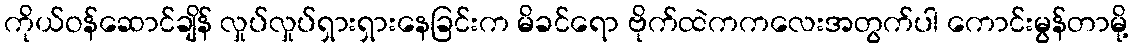
ကိုယ်ဝန်ဆောင်ချိန် လှုပ်လှုပ်ရှားရှားနေခြင်းက မိခင်ရော ဗိုက်ထဲကကလေးအတွက်ပါ ကောင်းမွန်တာမို့